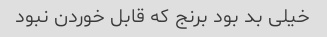
خیلی بد بود برنج که قابل خوردن نبود